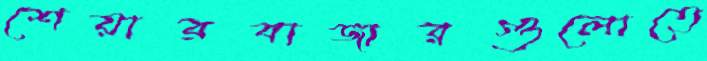
শেয়ারবাজারগুলোতে